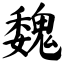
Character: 魏